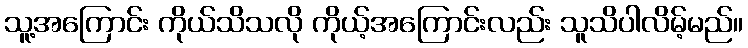
သူ့အကြောင်း ကိုယ်သိသလို ကိုယ့်အကြောင်းလည်း သူသိပါလိမ့်မည်။